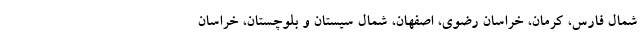
شمال فارس، کرمان، خراسان رضوی، اصفهان، شمال سیستان و بلوچستان، خراسان